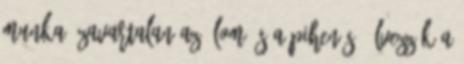
munka, zavartalan az álom és a pihenés. Élvezzék a